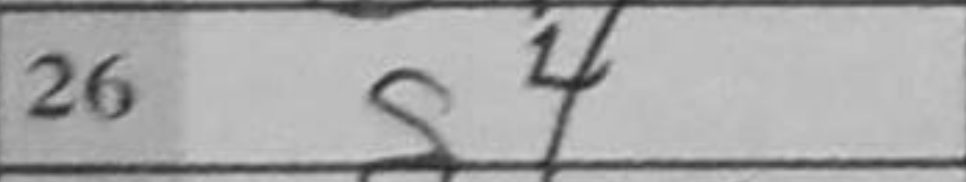
Transcription: g4